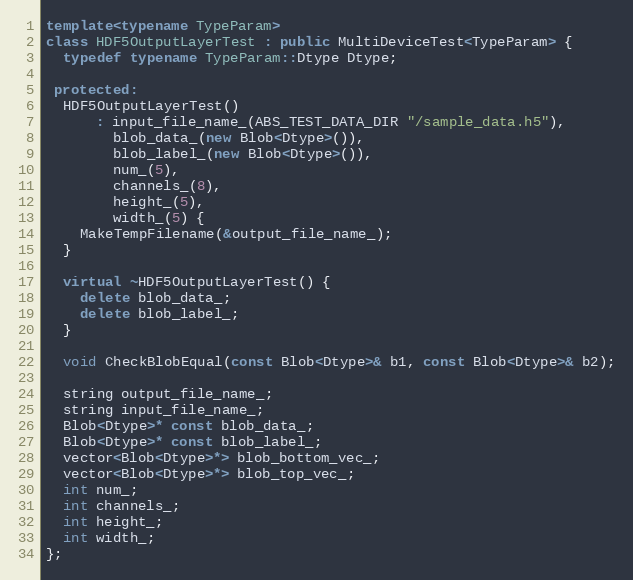
Language: C++
template<typename TypeParam>
class HDF5OutputLayerTest : public MultiDeviceTest<TypeParam> {
  typedef typename TypeParam::Dtype Dtype;

 protected:
  HDF5OutputLayerTest()
      : input_file_name_(ABS_TEST_DATA_DIR "/sample_data.h5"),
        blob_data_(new Blob<Dtype>()),
        blob_label_(new Blob<Dtype>()),
        num_(5),
        channels_(8),
        height_(5),
        width_(5) {
    MakeTempFilename(&output_file_name_);
  }

  virtual ~HDF5OutputLayerTest() {
    delete blob_data_;
    delete blob_label_;
  }

  void CheckBlobEqual(const Blob<Dtype>& b1, const Blob<Dtype>& b2);

  string output_file_name_;
  string input_file_name_;
  Blob<Dtype>* const blob_data_;
  Blob<Dtype>* const blob_label_;
  vector<Blob<Dtype>*> blob_bottom_vec_;
  vector<Blob<Dtype>*> blob_top_vec_;
  int num_;
  int channels_;
  int height_;
  int width_;
};